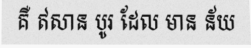
គឺ ឥសាន បូរ ដែល មាន ន័យ